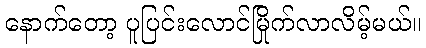
နောက်တော့ ပူပြင်းလောင်မြိုက်လာလိမ့်မယ်။